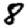
Digit: 8